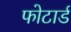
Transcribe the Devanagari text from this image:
फोटार्ड